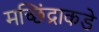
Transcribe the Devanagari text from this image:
मच्छिंद्राकडे